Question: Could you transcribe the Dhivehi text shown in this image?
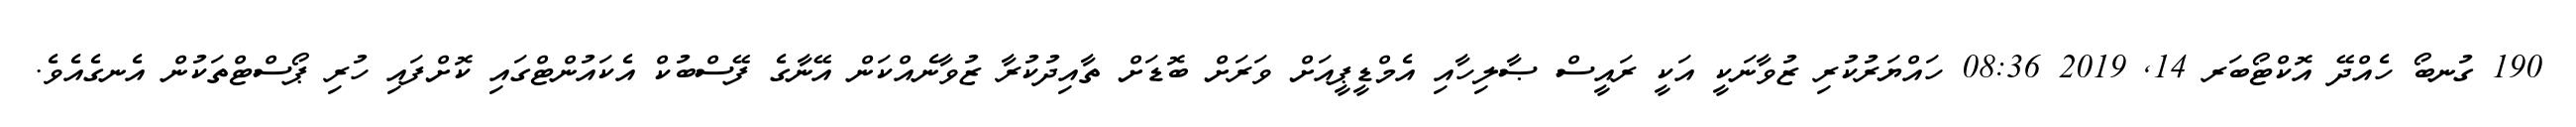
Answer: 190 ގުނބޯ ހެއްދޭ އޮކްޓޯބަރ 14, 2019 08:36 ހައްޔަރުކުރި ޒުވާނަކީ އަކީ ރައީސް ޞާލިހާއި އެމްޑީޕީއަށް ވަރަށް ބޮޑަށް ތާއިދުކުރާ ޒުވާނެއްކަން އޭނާގެ ފޭސްބުކް އެކައުންޓްގައި ކޮށްފައި ހުރި ޕޯސްޓްތަކުން އެނގެއެވެ.